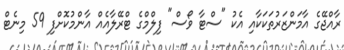
ރާއްޖޭގެ އާމަންޒަރުތަކަކާއި އެކު "ސްޓާ ވޯސް" ފިލްމްގެ ޓްރޭލާއެއް އާންމުކޮށްފި 59 މިނެޓް